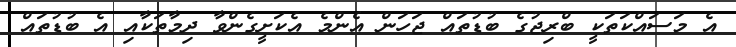
އެ މަސައްކަތަކީ ބްރިޖުގެ ބުޑުތައް ޖަހަން އެންމެ އެކަށީގެންވާ ދިމާތަކާއި އެ ބުޑުތައް